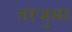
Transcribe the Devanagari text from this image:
तरजुमा